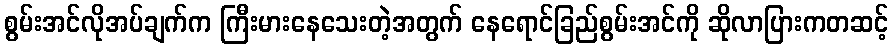
စွမ်းအင်လိုအပ်ချက်က ကြီးမားနေသေးတဲ့အတွက် နေရောင်ခြည်စွမ်းအင်ကို ဆိုလာပြားကတဆင့်